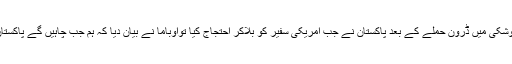
حافظ محمد سعید نے کہا کہ نوشکی میں ڈرون حملے کے بعد پاکستان نے جب امریکی سفیر کو بلاکر احتجاج کیا تواوباما نے بیان دیا کہ ہم جب چاہیں گے پاکستان میں ڈرون حملے کریں گے۔